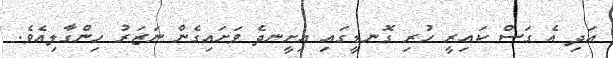
އަދި އެ ގަސް ކައިރީ ހުރި ގޮނޑީގައި އިށީނދެ ވަށައިގެން ނަޒަރު ހިންގާލިއެވެ.